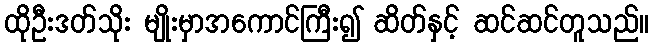
ထိုဦးဒတ်သိုး မျိုးမှာအကောင်ကြီး၍ ဆိတ်နှင့် ဆင်ဆင်တူသည်။